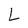
Character: L